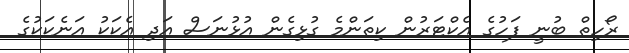
ރޯހިތް ބުނީ ފަހުގެ އެކްޓަރުން ކިތަންމެ ގުޅިގެން އުޅުނަސް އަދި އެކަކު އަނެކަކުގެ